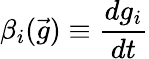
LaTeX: \beta_{i}(\vec{g})\equiv\frac{dg_{i}}{dt}